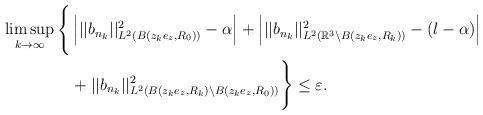
LaTeX: \begin{align*}\begin{aligned}\limsup_{k\to\infty}\Bigg\{ &\left| ||b_{n_k}||_{L^{2}(B(z_ke_z,R_0)) }^{2} -\alpha \right|+\left| ||b_{n_k}||_{L^{2}(\mathbb{R}^{3}\backslash B(z_ke_z,R_k)) }^{2} -(l-\alpha)\right| \\&+||b_{n_k}||_{L^{2}( B(z_ke_z,R_k)\backslash B(z_ke_z,R_0))}^{2} \Bigg\} \leq \varepsilon. \end{aligned}\end{align*}